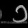
Digit: ၁